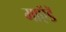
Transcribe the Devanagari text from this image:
माऍडॅ